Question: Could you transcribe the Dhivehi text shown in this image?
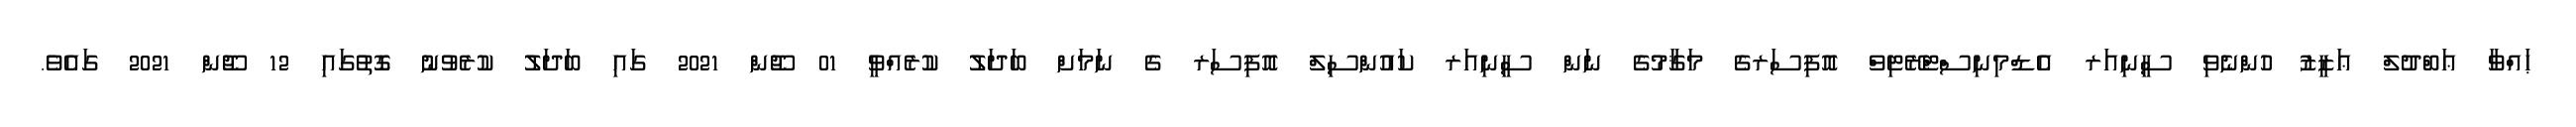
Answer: ޙައްވާ ޢަބްދުލް ޢަޒީޒު ހުންނެވި ސީނިއަރ އެޑްމިނިސްޓްރޭޓިވް އޮފިސަރގެ މަޤާމުގެ ނަން ސީނިއަރ ކައުންސިލް އޮފިސަރ ގެ ނަމަށް ބަދަލު ކުރެއްވީ 01 ޖޫން 2021 ގައި ބަދަލު ކުރެވުނު ގޮތުގައި 12 ޖޫން 2021 ގައެވެ.